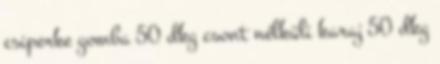
csiperke gomba 50 dkg csont nélküli karaj 50 dkg